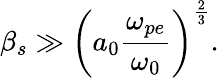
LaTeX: \beta_{s}\gg\left(a_{0}\frac{\omega_{pe}}{\omega_{0}}\right)^{\frac{2}{3}}.